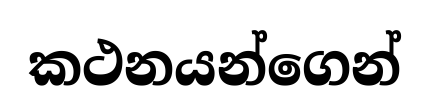
කථනයන්ගෙන්